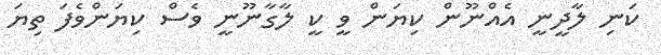
ކަނި ލާދީނީ އެއްނޫން ކިޔަން ވީ ކީ ލާގާނޫނީ ވެސް ކިޔަންވެފަ ތިޔަ